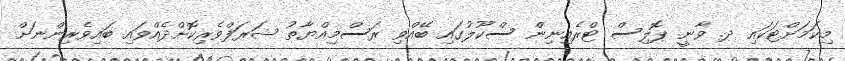
މިކަމަށްޓަކައި ދ. ވާނީ ޕޮލިސް ޓްރެއިނިން ސްކޫލުގައި ބޭއްވި ރަސްމިއްޔާތު ޝަރަފްވެރިކޮށްދެއްވައި ބައިވެރިންނަށް